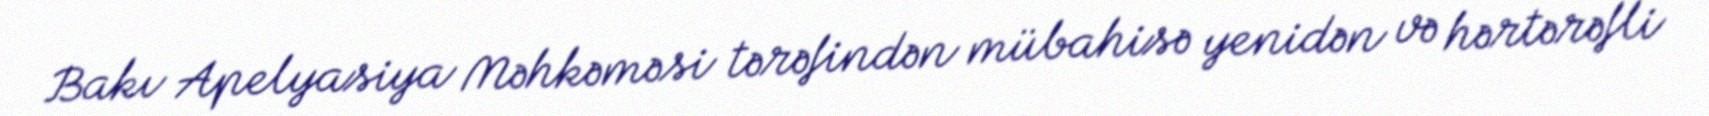
Bakı Apelyasiya Məhkəməsi tərəfindən mübahisə yenidən və hərtərəfli